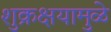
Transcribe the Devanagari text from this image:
शुक्रक्षयामुळे